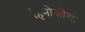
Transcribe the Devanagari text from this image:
हिनोजोसा